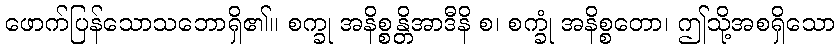
ဖောက်ပြန်သောသဘောရှိ၏။ စက္ခု အနိစ္စန္တိအာဒီနိ စ၊ စက္ခုံ အနိစ္စတော၊ ဤသို့အစရှိသော